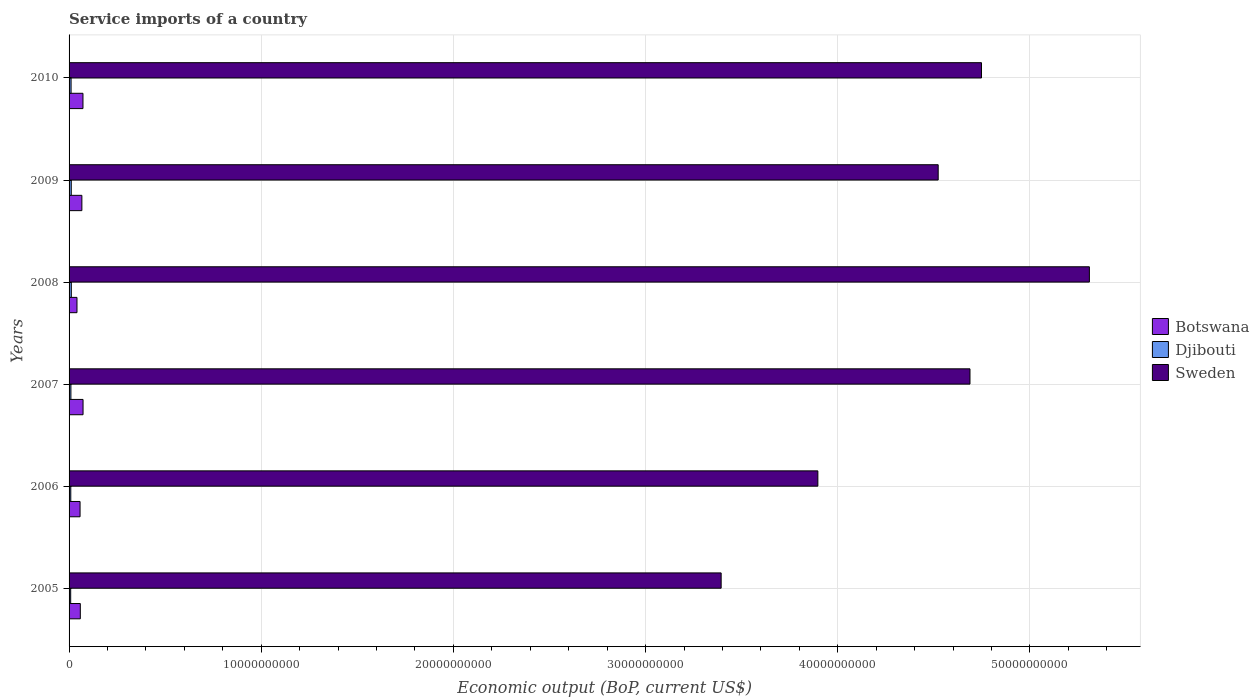
| Years | Botswana | Djibouti | Sweden |
 | --- | --- | --- | --- |
 | 2005 | 5.85e+08 | 8.38e+07 | 3.39e+10 |
 | 2006 | 5.72e+08 | 8.93e+07 | 3.9e+10 |
 | 2007 | 7.27e+08 | 9.54e+07 | 4.69e+10 |
 | 2008 | 4.12e+08 | 1.17e+08 | 5.31e+10 |
 | 2009 | 6.67e+08 | 1.14e+08 | 4.52e+10 |
 | 2010 | 7.23e+08 | 1.05e+08 | 4.75e+10 |